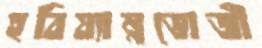
হবিষ্যান্নভোজী